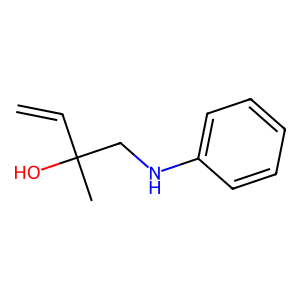
SMILES: C=CC(C)(O)CNc1ccccc1
Inhibits HIV replication: No